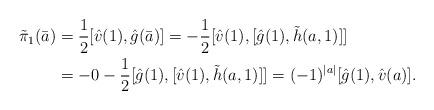
LaTeX: \begin{align*}\tilde{\pi}_1(\bar{a})&=\frac{1}{2}[\hat{v}(1),\hat{g}(\bar{a})]=-\frac{1}{2}[\hat{v}(1),[\hat{g}(1),\tilde{h}(a,1)]]\\&=-0-\frac{1}{2}[\hat{g}(1),[\hat{v}(1),\tilde{h}(a,1)]]=(-1)^{|a|}[\hat{g}(1),\hat{v}(a)].\end{align*}